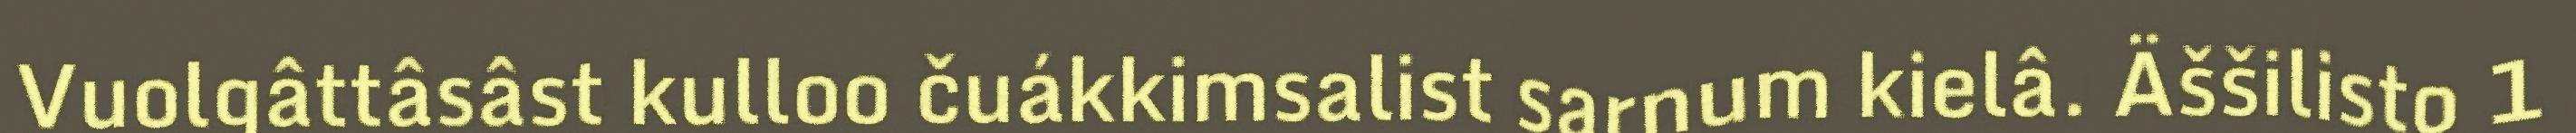
Vuolgâttâsâst kulloo čuákkimsalist sarnum kielâ. Äššilisto 1